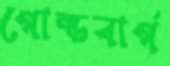
গোল্ডবার্গ